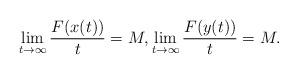
LaTeX: \begin{align*} \lim_{t\to\infty} \frac{F(x(t))}{t}= M, \lim_{t\to\infty}\frac{F(y(t))}{t}=M.\end{align*}